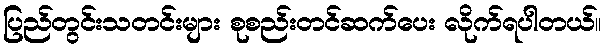
ပြည်တွင်းသတင်းများ စုစည်းတင်ဆက်ပေး လိုက်ရပါတယ်။